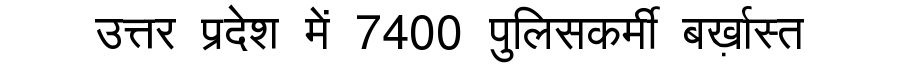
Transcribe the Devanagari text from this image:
उत्तर प्रदेश में 7400 पुलिसकर्मी बर्ख़ास्त